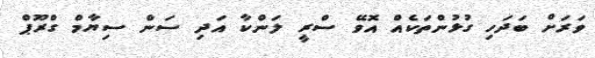
ވަރަށް ބަދަހި ގުޅުންތަކެއް އޮވޭ ސްރީ ލަންކާ އަދި ސަން ސިޔާމް ގްރޫޕް